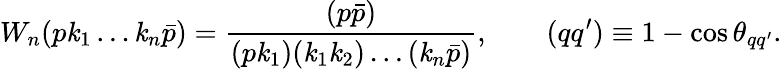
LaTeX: W_{n}(p\mathit{k}_{1}\ldots\mathit{k}_{n}\bar{{p}})=\frac{{(p\bar{{p}})}}{{(p\mathit{k}_{1})(\mathit{k}_{1}\mathit{k}_{2})\ldots(\mathit{k}_{n}\bar{{p}})}},\qquad(qq^{\prime})\equiv1-\cos\theta_{qq^{\prime}}.